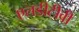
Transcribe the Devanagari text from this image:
एलडीटीवी